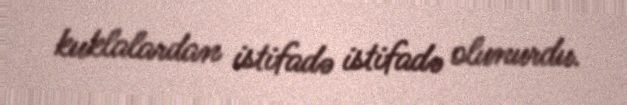
kuklalardan istifadə istifadə olunurdu.